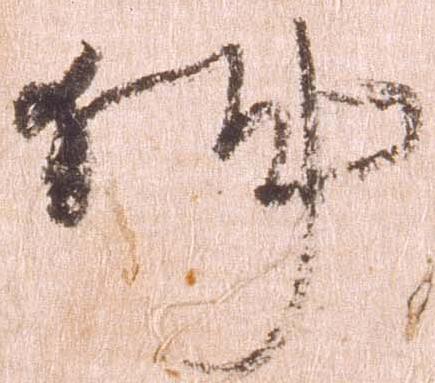
件